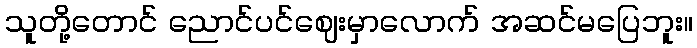
သူတို့တောင် ညောင်ပင်ဈေးမှာလောက် အဆင်မပြေဘူး။